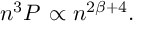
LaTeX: n ^ { 3 } P _ { \mathrm { \Phi } } \propto n ^ { 2 \beta + 4 } .